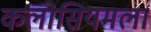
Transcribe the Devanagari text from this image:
कलोसियमला